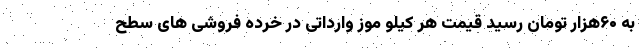
به ۶۰هزار تومان رسید قیمت هر کیلو موز وارداتی در خرده فروشی های سطح